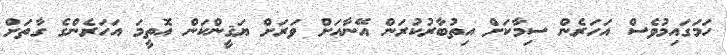
ހަމަގައިމުވެސް އަހަރެން ސިމާކަށް އިތުބާރުކުރަން އޭނާއަށް ވަރަށް ޔަޤީންކަން އޮތީމަ އަހަރެންގެ ގާތަށް